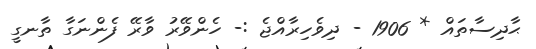
ޙާދިސާތައް * 1906 - ދިވެހިރާއްޖެ :- ހެންވޭރު ވާރޭ ފެންނަގާ ތާނގީ